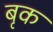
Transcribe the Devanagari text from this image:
बृक